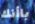
باأنك